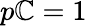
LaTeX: p\mathbb{C}=1